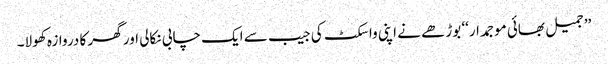
’’جمیل بھائی موجمدار‘‘ بوڑھے نے اپنی واسکٹ کی جیب سے ایک چابی نکالی اور گھر کا دروازہ کھولا۔